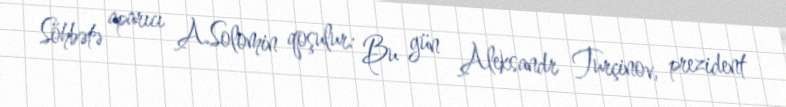
Söhbətə aparıcı A.Solomin qoşulur: Bu gün Aleksandr Turçinov, prezident